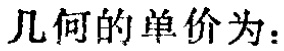
几何的单价为：